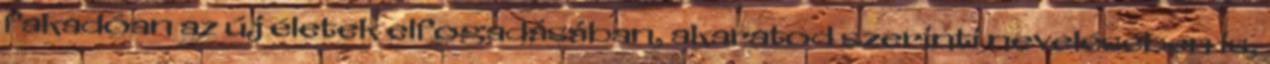
fakadóan az új életek elfogadásában, akaratod szerinti nevelésében is,